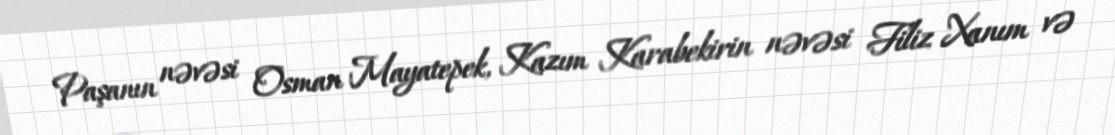
Paşanın nəvəsi Osman Mayatepek, Kazım Karabekirin nəvəsi Filiz Xanım və